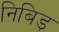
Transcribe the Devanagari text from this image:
निबिड़